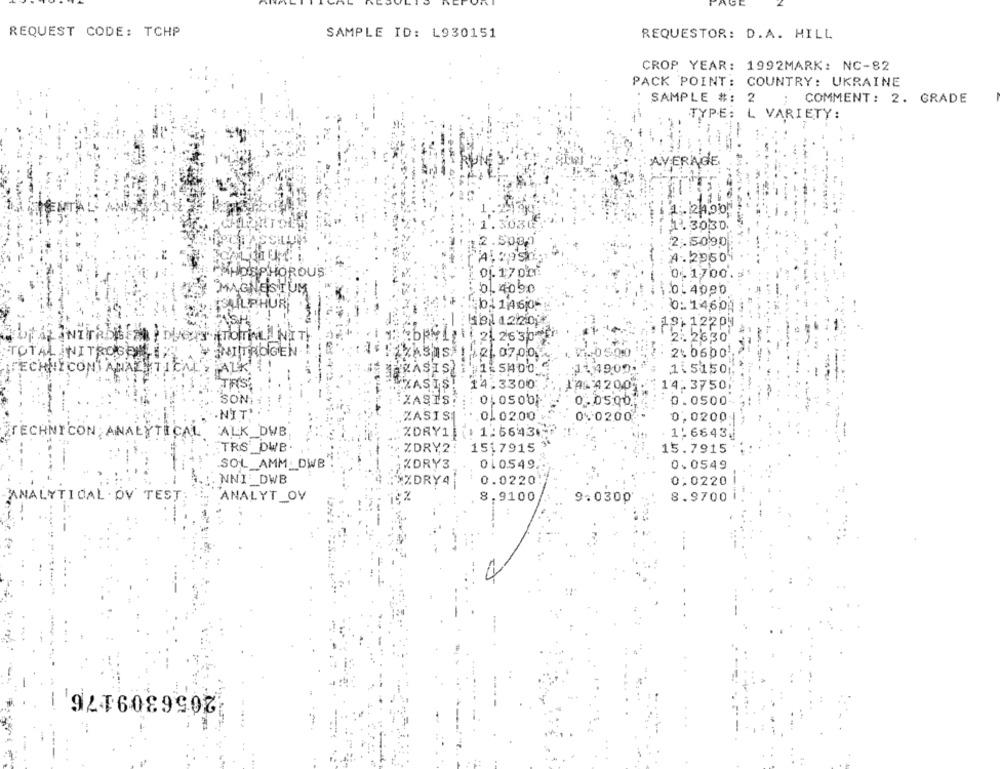
REQUEST CODE: TCHP
SAMPLE ID: L930151
REQUESTOR: D.A. HILL
CROP YEAR: 1992MARK: NC-82
PACK POINT: COUNTRY: UKRAINE
SAMPLE #: 2 ; COMMENT: 2. GRADE
TYPE: L VARIETY:
AVERAGE
1.2400
1.3030
1.3030.
STASSILUY
2.500,0
2.5090
A. 29504
PHOSPHOROUS
01.17021
0.1700.
MAGNESIUM
0.4050
0.4080
SULPHUR
301 1460
0:14,604
19:12204
THETOTALA NITH
1 21 2630
2. 2630
TOTAL INITROGEN
NITROGEN !
AZASISH
121. 07.00.
2\ 0600;
ECHNYCONT ANALITICA
TALK' !!
BARASISLI
214909.
1.51501
ZASIS! 14:3300
14-4200
TRS
14.3750
SON;
ZASIS. : : 0105001
0.0500
0.0500
.NIT
0 0200
ZASISI
.. 0.0200
0,0200
TECHNICON ANALYTICAL
ALK DWB,
ZDRY11:66433
1.6643.
TRS DWB.
ZDRY2:
1517915
15.7915
SOL_AMM_ OWB
KORY3
010549.
0.0549
NNI: DWB
$%DRY4
0.0220:
0:0220
ANALYTICAL . OV TEST:
ANALYT_OV
8.9100
9.030₽
8.9700
2056309176,